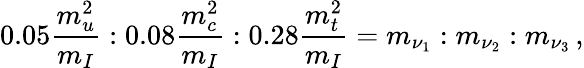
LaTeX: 0.05{\frac{m_{u}^{2}}{m_{I}}}:0.08{\frac{m_{c}^{2}}{m_{I}}}:0.28{\frac{m_{t}^{2}}{m_{I}}}=m_{\nu_{1}}:m_{\nu_{2}}:m_{\nu_{3}}\, ,